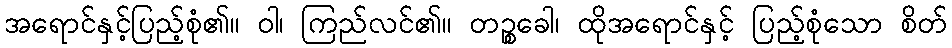
အရောင်နှင့်ပြည့်စုံ၏။ ဝါ၊ ကြည်လင်၏။ တဉ္စခေါ၊ ထိုအရောင်နှင့် ပြည့်စုံသော စိတ်